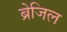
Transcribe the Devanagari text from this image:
ब्रेजिल